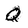
Character: Q